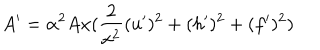
A ^ { \prime } = \alpha ^ { 2 } A x ( \frac { 2 } { x ^ { 2 } } ( u ^ { \prime } ) ^ { 2 } + ( h ^ { \prime } ) ^ { 2 } + ( f ^ { \prime } ) ^ { 2 } )